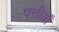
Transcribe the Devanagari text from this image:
पत्तीयाँ